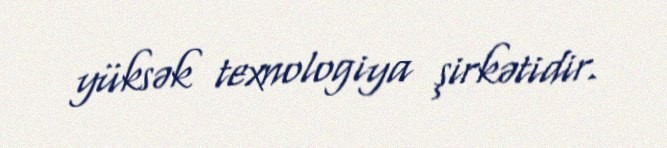
yüksək texnologiya şirkətidir.